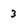
Character: 3